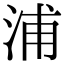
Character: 浦